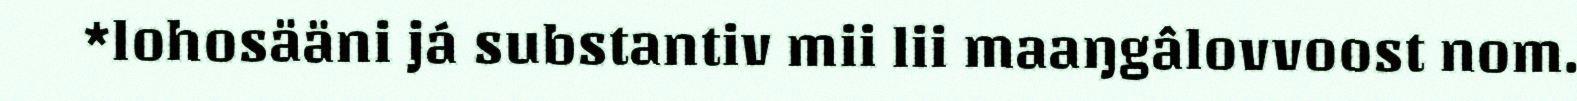
*lohosääni já substantiv mii lii maaŋgâlovvoost nom.